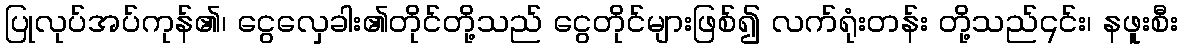
ပြုလုပ်အပ်ကုန်၏၊ ငွေလှေခါး၏တိုင်တို့သည် ငွေတိုင်များဖြစ်၍ လက်ရုံးတန်း တို့သည်၎င်း၊ နဖူးစီး